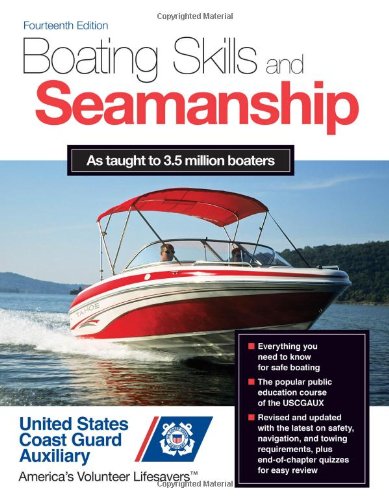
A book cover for Boating Skills and Seamanship, 14th Edition; Inc. U.S. Coast Guard Auxiliary Assoc.; Sports & Outdoors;